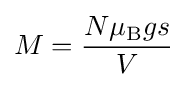
M={\frac {N\mu _{\rm {B}}gs}{V}}